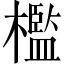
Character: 檻